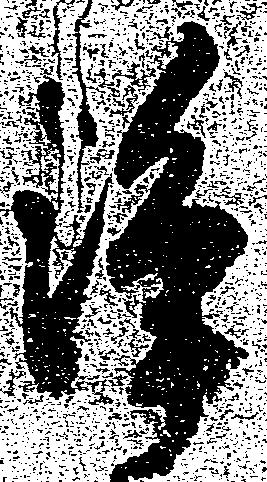
浄